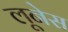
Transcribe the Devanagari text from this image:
लूनेस